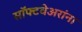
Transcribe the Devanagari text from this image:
सॉफ्टवेअरांना